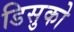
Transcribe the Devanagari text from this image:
डिसुको